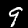
Digit: 9